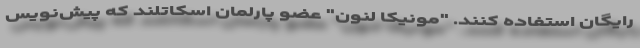
رایگان استفاده کنند. "مونیکا لنون" عضو پارلمان اسکاتلند که پیش‌نویس